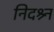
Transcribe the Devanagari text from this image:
निदश्र्न